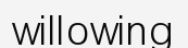
willowing